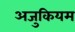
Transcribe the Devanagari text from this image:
अजुकियम